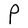
Character: P